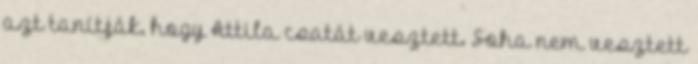
azt tanítják, hogy Attila csatát vesztett. Soha nem vesztett